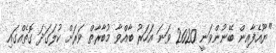
"ޔޫއެފާއިން ބޭނުންވަނީ 2020 ވަނަ އަހަރު ބާއްވާ މުބާރާތް ވަރަށް ކުލަގަދަ ގޮތެއްގައި